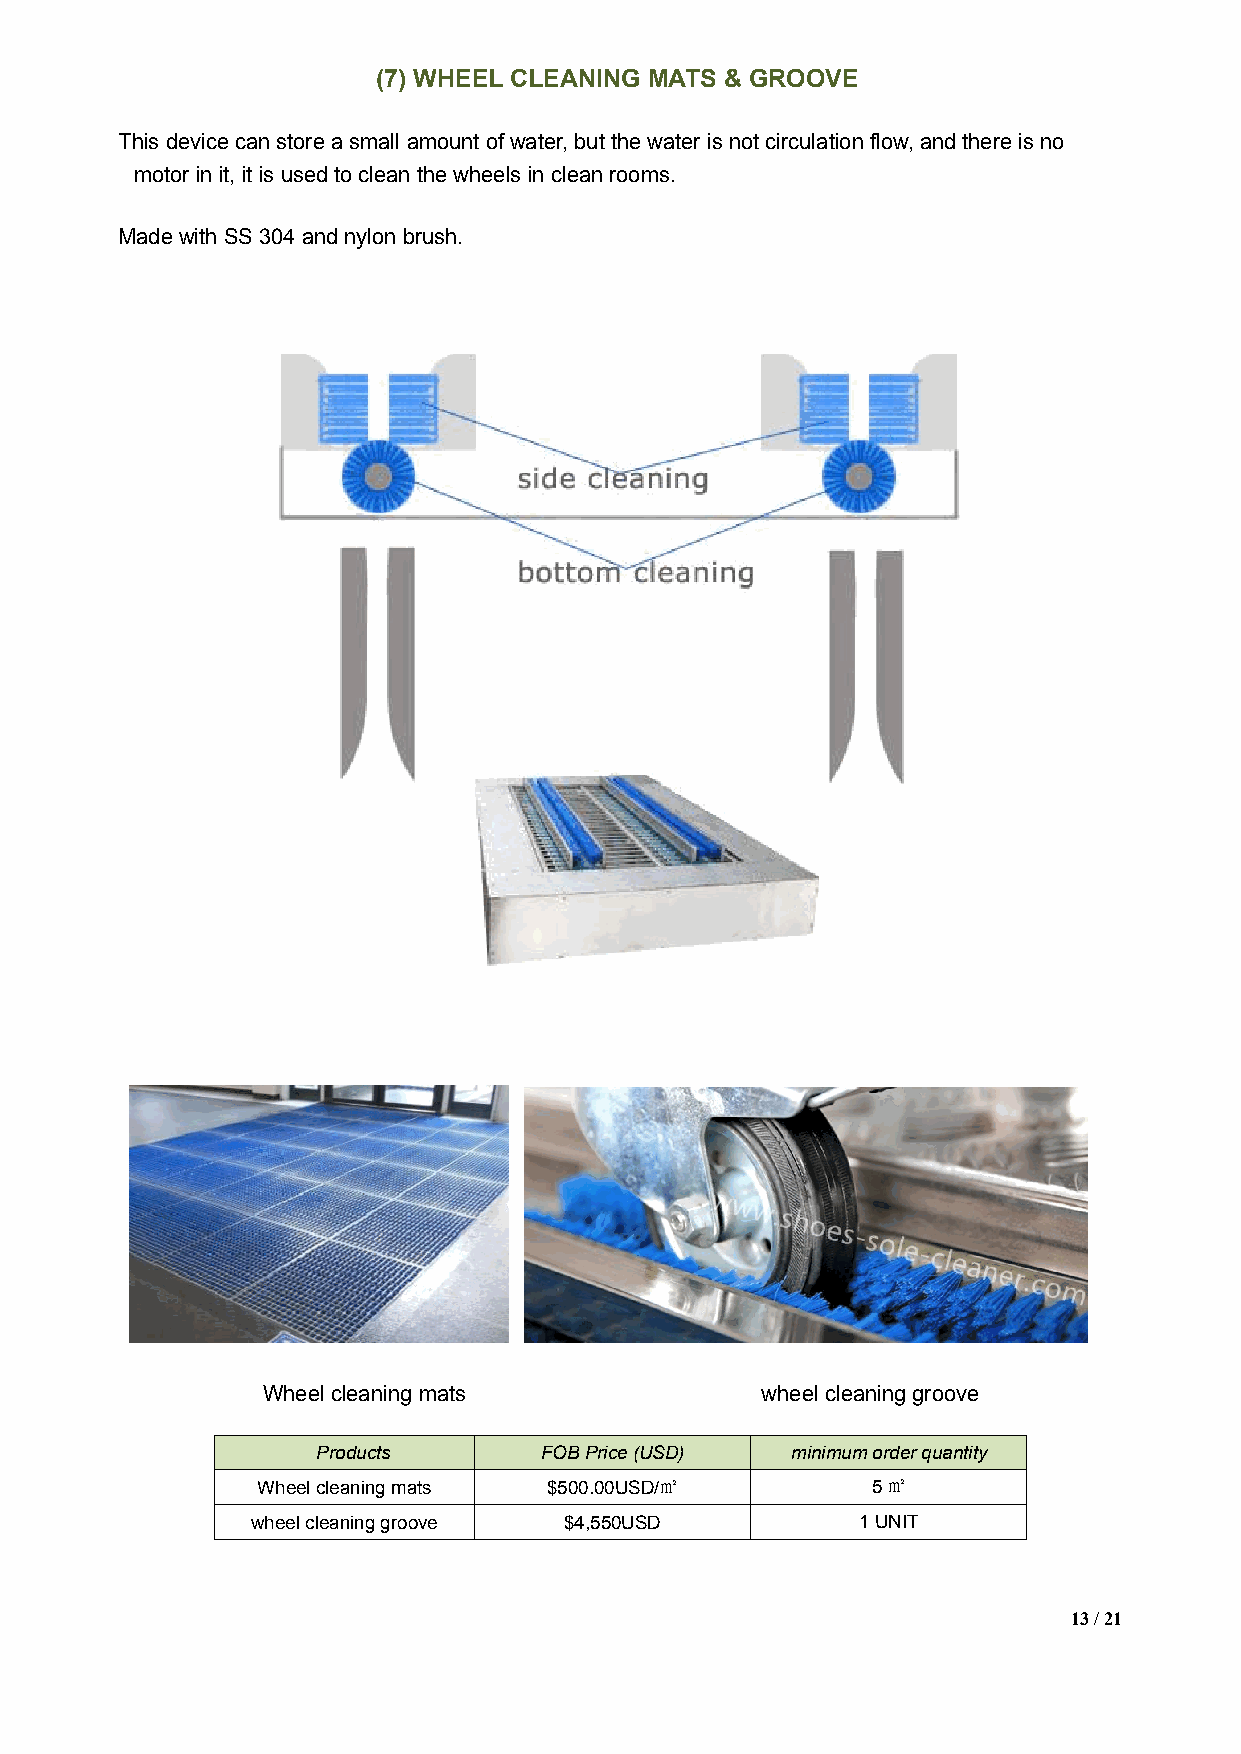
(7) WHEEL CLEANING MATS & GROOVE
 This devicecan storeasmall amountofwater,butthe water is notcirculation flow,andthere is no
 motor init,itis used toclean thewheels in cleanrooms.
 Madewith SS 304 and nylonbrush.
 Wheelcleaning mats               wheel cleaning groove
 Products       FOBPrice(USD)   minimumorderquantity
 Wheelcleaningmats  $500.00USD/㎡          5㎡
 wheelcleaninggroove $4,550USD           1UNIT
 13/21